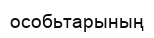
особьтарының